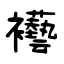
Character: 襼